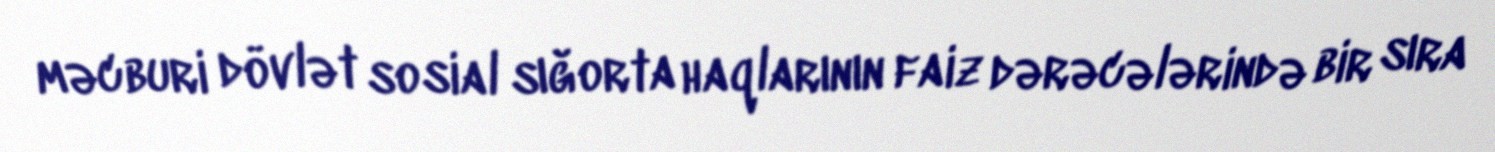
məcburi dövlət sosial sığorta haqlarının faiz dərəcələrində bir sıra